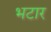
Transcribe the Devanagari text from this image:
भटार